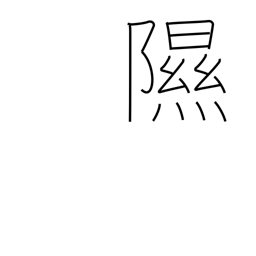
Meaning: be moist